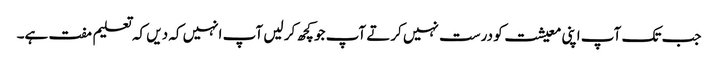
جب تک آپ اپنی معیشت کو درست نہیں کرتے آپ جو کچھ کر لیں آپ انہیں کہ دیں کہ تعلیم مفت ہے۔